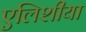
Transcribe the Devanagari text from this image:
एलिशीया